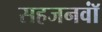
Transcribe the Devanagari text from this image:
सहजनवॉं